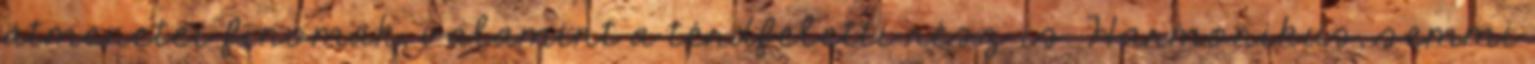
átmenetei finomak, valamint a térdfeletti rész is. Harmonikus, semmi